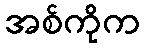
အစ်ကိုက